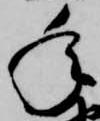
年